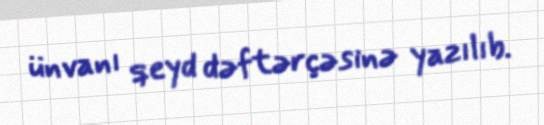
ünvanı qeyd dəftərçəsinə yazılıb.